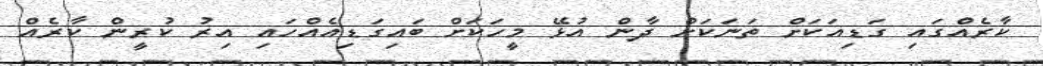
ކާރެއްގައި ގަޑިއަކަށް ތަނަކަށް ދާން އުޅޭ މީހަކަށް ބައިގަޑިއެއްހައި އިރު ކުރީން ކާރެއް